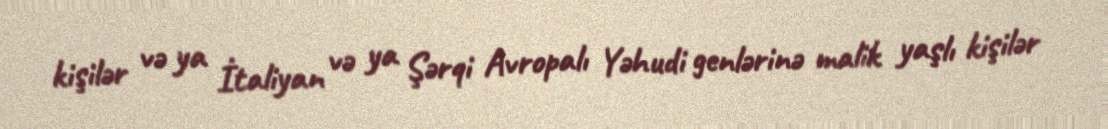
kişilər və ya İtaliyan və ya Şərqi Avropalı Yəhudi genlərinə malik yaşlı kişilər